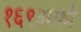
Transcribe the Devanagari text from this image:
१६९३मध्ये